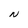
Character: N